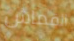
القماش